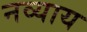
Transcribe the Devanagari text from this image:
नव्याय